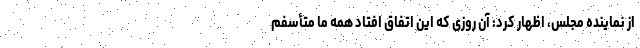
از نماینده مجلس، اظهار کرد: آن روزی که این اتفاق افتاد همه ما متأسفم